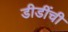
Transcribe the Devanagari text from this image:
डीडींची